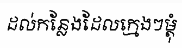
ដល់កន្លែងដែលក្មេងៗម្តុំ